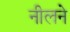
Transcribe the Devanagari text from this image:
नीलने